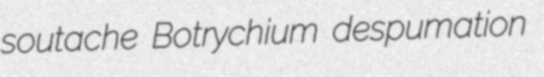
soutache Botrychium despumation